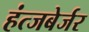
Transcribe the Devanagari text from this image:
हंत्जबेर्जर